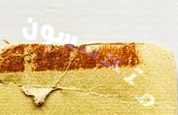
متحمسون